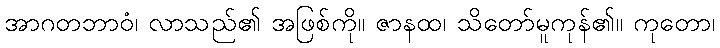
အာဂတဘာဝံ၊ လာသည်၏ အဖြစ်ကို။ ဇာနထ၊ သိတော်မူကုန်၏။ ကုတော၊